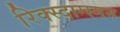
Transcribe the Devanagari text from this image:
रिक्स्दाग्स्मन